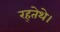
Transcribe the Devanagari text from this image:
रह्तेथे।